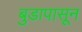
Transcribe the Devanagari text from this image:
बुडापासून